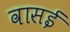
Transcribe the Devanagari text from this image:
वासई